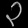
Digit: ၃